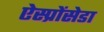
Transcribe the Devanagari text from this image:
ऐस्प्रोंसेडा